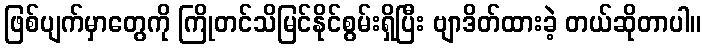
ဖြစ်ပျက်မှာတွေကို ကြိုတင်သိမြင်နိုင်စွမ်းရှိပြီး ဗျာဒိတ်ထားခဲ့ တယ်ဆိုတာပါ။